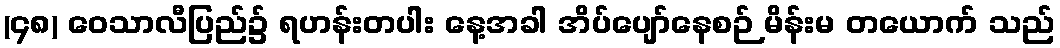
(၄၈) ဝေသာလီပြည်၌ ရဟန်းတပါး နေ့အခါ အိပ်ပျော်နေစဉ် မိန်းမ တယောက် သည်